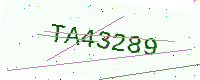
Text: TA43289